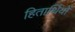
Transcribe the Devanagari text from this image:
हितार्थियों